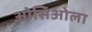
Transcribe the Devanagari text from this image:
ओसिओला